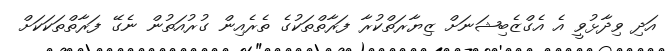
އަދި ވިދާޅުވީ އެ އެގްޒެބިޝަނަށް ޒިޔާރަތްކުރާ ފަރާތްތަކުގެ ތެރެއިން ގުރުއަތުން ނެގޭ ފަރާތްތަކަކަށް